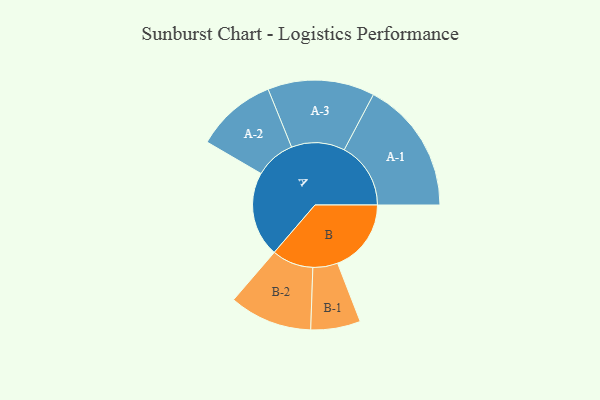
{"axis": {"x": "Segment", "y": "Value"}, "legend": ["", "A", "B"], "data": [{"x": "A", "y": 384, "type": ""}, {"x": "B", "y": 332, "type": ""}, {"x": "A-1", "y": 300, "type": "A"}, {"x": "A-2", "y": 182, "type": "A"}, {"x": "A-3", "y": 241, "type": "A"}, {"x": "B-1", "y": 112, "type": "B"}, {"x": "B-2", "y": 187, "type": "B"}]}